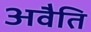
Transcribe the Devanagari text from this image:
अवैति